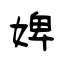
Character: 婢